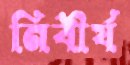
নিবীর্য